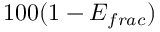
1 0 0 ( 1 - E _ { f r a c } )